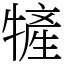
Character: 㹌